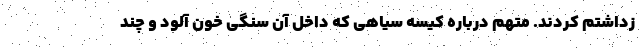
زداشتم کردند. متهم درباره کیسه سیاهی که داخل آن سنگی خون آلود و چند